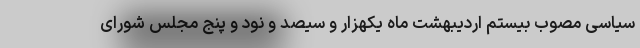
سیاسی مصوب بیستم اردیبهشت ماه یکهزار و سیصد و نود و پنج مجلس شورای